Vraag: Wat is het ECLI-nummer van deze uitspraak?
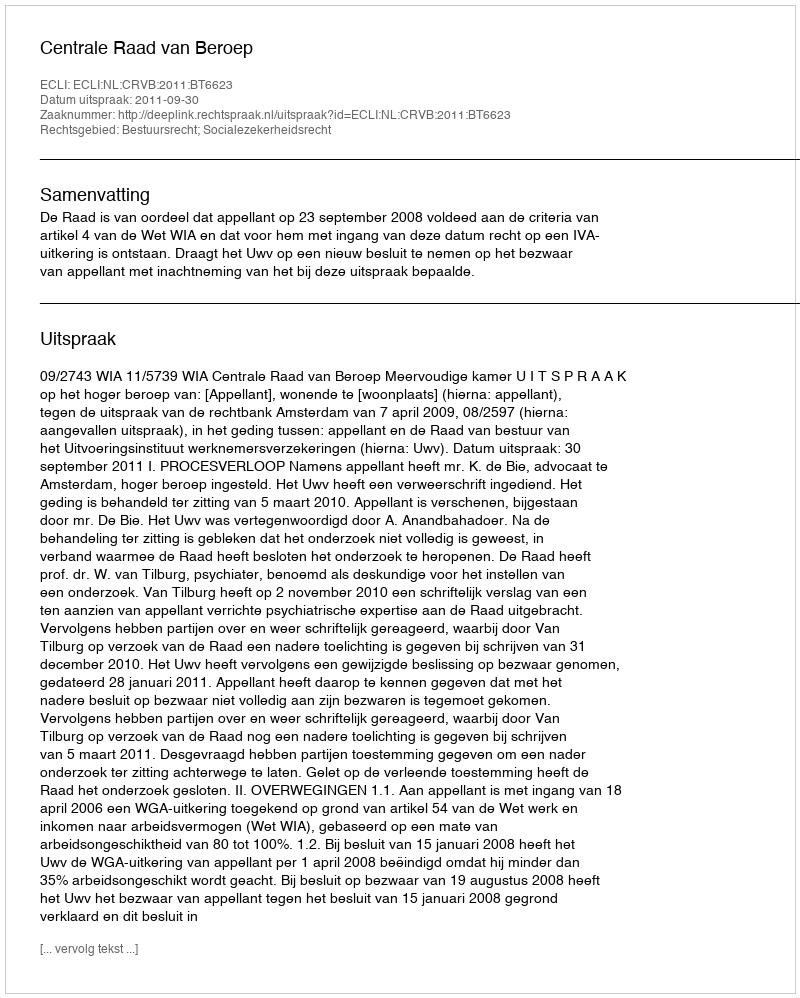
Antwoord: ECLI:NL:CRVB:2011:BT6623